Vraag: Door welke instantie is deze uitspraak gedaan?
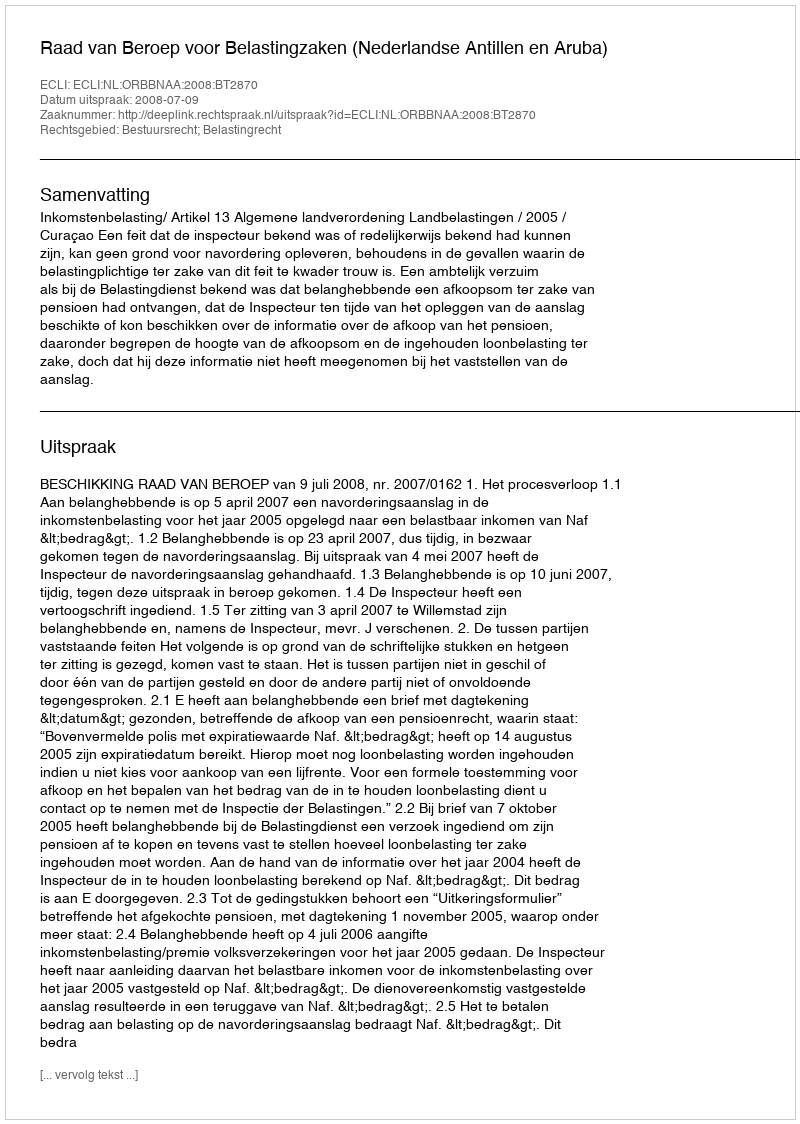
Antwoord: Raad van Beroep voor Belastingzaken (Nederlandse Antillen en Aruba)